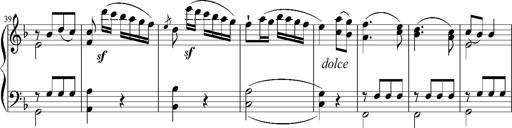
Title: 12 Sonatinas for Piano
Composer: Johann Baptist Vanhal